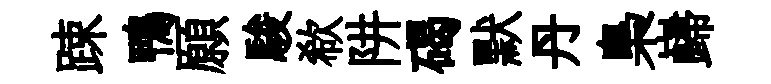
踈鴨願駿欷阱碣默丹梟巋